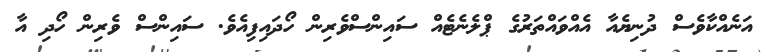
އަނެއްކާވެސް ދުނިޔެއާ އެއްވައްތަރުގެ ޕްލެނެޓެއް ސައިންސްވެރިން ހޯދައިފިއެވެ. ސައިންސް ވެރިން ހޯދި އާ